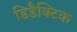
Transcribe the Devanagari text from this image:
डिडैक्टिक